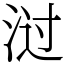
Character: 㳡